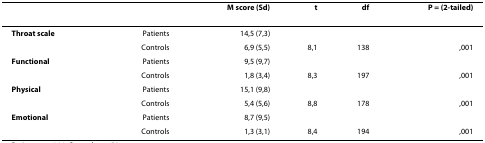
<table><thead><tr><td></td><td></td><td><b>M score (Sd)</b></td><td><b>t</b></td><td><b>df</b></td><td><b>P = (2-tailed)</b></td></tr></thead><tbody><tr><td><b>Throat scale</b></td><td>Patients</td><td>14,5 (7,3)</td><td></td><td></td><td></td></tr><tr><td></td><td>Controls</td><td>6,9 (5,5)</td><td>8,1</td><td>138</td><td>,001</td></tr><tr><td><b>Functional</b></td><td>Patients</td><td>9,5 (9,7)</td><td></td><td></td><td></td></tr><tr><td></td><td>Controls</td><td>1,8 (3,4)</td><td>8,3</td><td>197</td><td>,001</td></tr><tr><td><b>Physical</b></td><td>Patients</td><td>15,1 (9,8)</td><td></td><td></td><td></td></tr><tr><td></td><td>Controls</td><td>5,4 (5,6)</td><td>8,8</td><td>178</td><td>,001</td></tr><tr><td><b>Emotional</b></td><td>Patients</td><td>8,7 (9,5)</td><td></td><td></td><td></td></tr><tr><td></td><td>Controls</td><td>1,3 (3,1)</td><td>8,4</td><td>194</td><td>,001</td></tr></tbody></table>